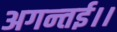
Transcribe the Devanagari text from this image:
अगन्‍तई।।